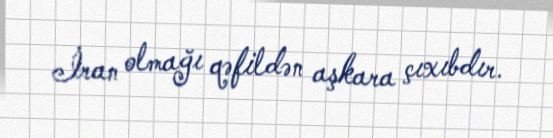
İran olmağı qəfildən aşkara çıxıbdır.